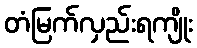
တံမြက်လှည်းရကျိုး